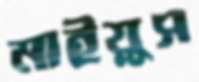
মাইয়ুস